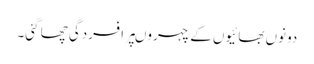
دونوں بھائیوں کے چہروںپر افسردگی چھا گئی۔